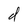
Character: d